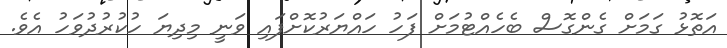
އަތޮޅު ގަމަށް ގެންގޮސް ބެހެއްޓުމަށް ފަހު ހައްޔަރުކޮށްފައި ވަނީ މިދިޔަ ހުކުރުދުވަހު އެވެ.